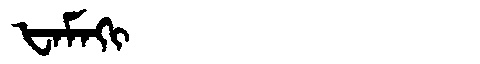
Manchu: ᡶᠠᠮᠠᡴᡳ
Romanization: FAMAKI